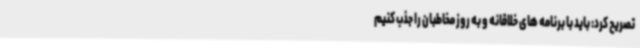
تصریح کرد: باید با برنامه های خلاقانه و به روز مخاطبان را جذب کنیم